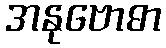
အနုဗောဓာ